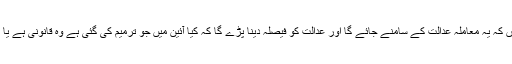
میں سمجھتی ہوں کہ یہ معاملہ عدالت کے سامنے جائے گا اور عدالت کو فیصلہ دینا پڑے گا کہ کیا آئین میں جو ترمیم کی گئی ہے وہ قانونی ہے یا غیر قانونی ہے۔